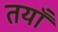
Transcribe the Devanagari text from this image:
तयाँ